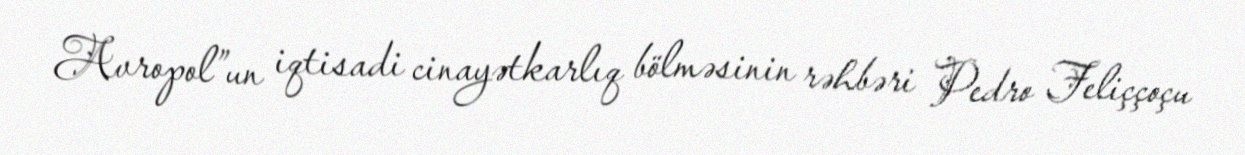
Avropol”un iqtisadi cinayətkarlıq bölməsinin rəhbəri Pedro Feliççoçu